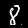
Digit: 8